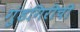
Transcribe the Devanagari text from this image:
गुंडगिरीची